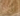
لماذا